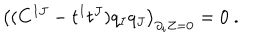
\left( ( C ^ { I J } - t ^ { I } t ^ { J } ) q _ { I } q _ { J } \right) _ { \partial _ { i } Z = 0 } = 0 \ .